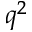
q ^ { 2 }